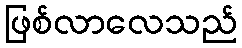
ဖြစ်လာလေသည်